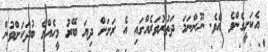
އެކަށީގެންވެ އެވެ. ނޫންނަމަ ދަތުރުވަރެއްގައި އެ ރަށަށް ދިޔަ ބޭރު މީހެއްގެ ބުދަކަށްވުން